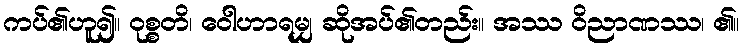
ကပ်၏ဟူ၍။ ဝုစ္စတိ၊ ဝေါဟာရမျှ ဆိုအပ်၏တည်း။ အဿ ဝိညာဏဿ၊ ၏။